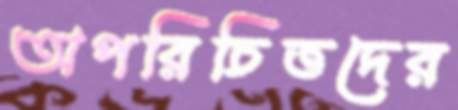
অপরিচিতদের